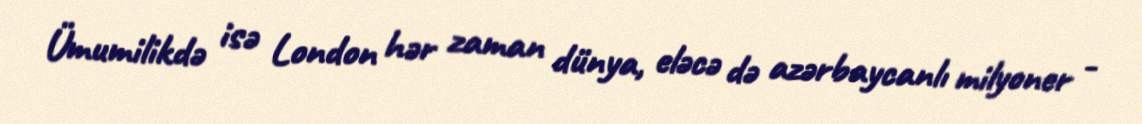
Ümumilikdə isə London hər zaman dünya, eləcə də azərbaycanlı milyoner -